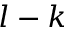
l - k